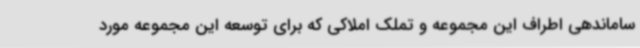
ساماندهی اطراف این مجموعه و تملک املاکی که برای توسعه این مجموعه مورد